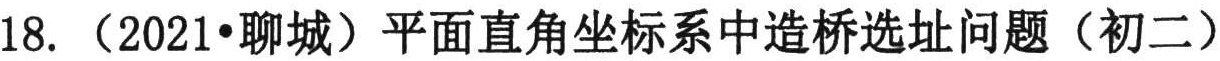
18. （2021•聊城）平面直角坐标系中造桥选址问题（初二）